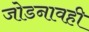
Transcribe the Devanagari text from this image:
जोडनावही